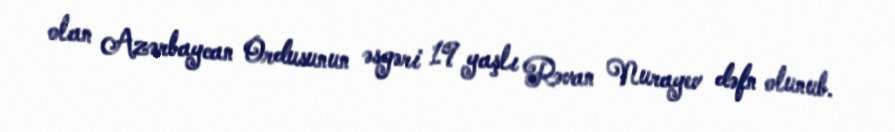
olan Azərbaycan Ordusunun əsgəri 19 yaşlı Rəvan Nurayev dəfn olunub.